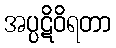
အပ္ပဋိဝိရတာ